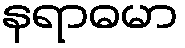
နရာဓမာ